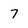
Character: 7